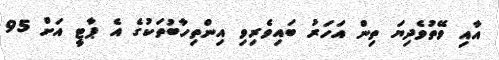
އާއި ވޭތުވެދިޔަ ތިން އަހަރު ބައިވެރިވި އިންތިހާބުތަކުގެ އެ ޕާޓީ އަށް 95